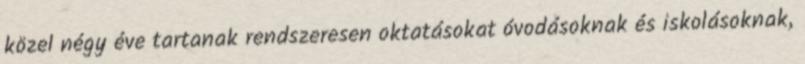
közel négy éve tartanak rendszeresen oktatásokat óvodásoknak és iskolásoknak,